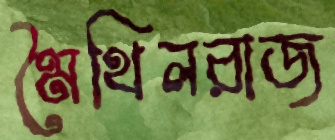
মৈথিলরাজ